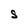
Character: S